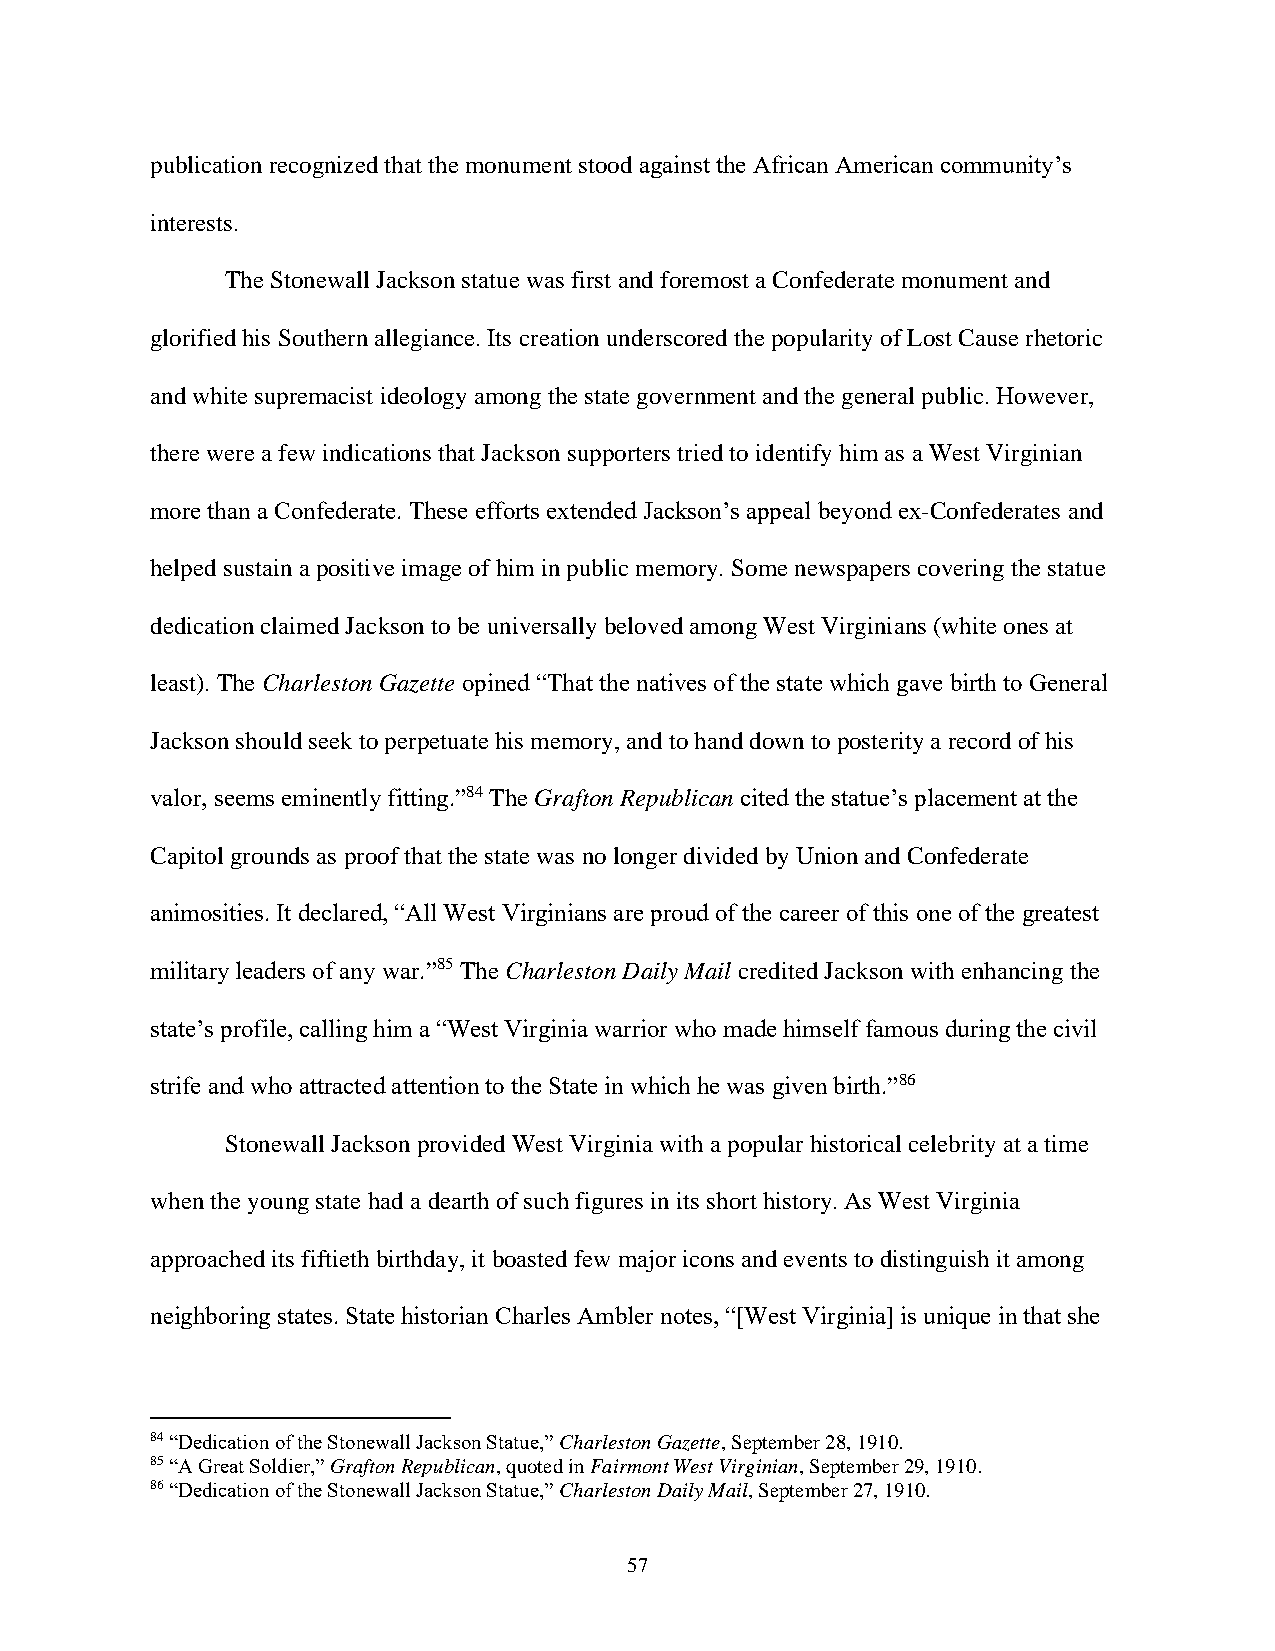
publication recognized that the monument stood against the African American community’s
 interests.
 The Stonewall Jackson statue was first and foremost a Confederate monument and
 glorified his Southern allegiance. Its creation underscored the popularity of Lost Cause rhetoric
 and white supremacist ideology among the state government and the general public. However,
 there were a few indications that Jackson supporters tried to identify him as a West Virginian
 more than a Confederate. These efforts extended Jackson’s appeal beyond ex-Confederates and
 helped sustain a positive image of him in public memory. Some newspapers covering the statue
 dedication claimed Jackson to be universally beloved among West Virginians (white ones at
 least). The Charleston Gazette opined “That the natives of the state which gave birth to General
 Jackson should seek to perpetuate his memory, and to hand down to posterity a record of his
 valor, seems eminently fitting.”84 The Grafton Republican cited the statue’s placement at the
 Capitol grounds as proof that the state was no longer divided by Union and Confederate
 animosities. It declared, “All West Virginians are proud of the career of this one of the greatest
 military leaders of any war.”85 The Charleston Daily Mail credited Jackson with enhancing the
 state’s profile, calling him a “West Virginia warrior who made himself famous during the civil
 strife and who attracted attention to the State in which he was given birth.”86
 Stonewall Jackson provided West Virginia with a popular historical celebrity at a time
 when the young state had a dearth of such figures in its short history. As West Virginia
 approached its fiftieth birthday, it boasted few major icons and events to distinguish it among
 neighboring states. State historian Charles Ambler notes, “[West Virginia] is unique in that she
 84 “Dedication of the Stonewall Jackson Statue,” Charleston Gazette, September 28, 1910.
 85 “A Great Soldier,” Grafton Republican, quoted in Fairmont West Virginian, September 29, 1910.
 86 “Dedication of the Stonewall Jackson Statue,” Charleston Daily Mail, September 27, 1910.
 57